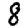
Digit: 8